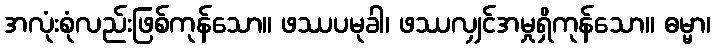
အလုံးစုံလည်းဖြစ်ကုန်သော။ ဖဿပမုခါ၊ ဖဿလျှင်အမှုရှိကုန်သော။ ဓမ္မာ၊